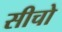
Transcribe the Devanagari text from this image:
सीचो